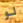
لو